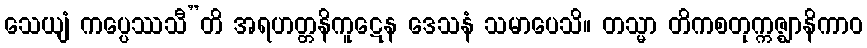
သေယျံ ကပ္ပေဿသီ”တိ အရဟတ္တနိကူဋေန ဒေသနံ သမာပေသိ။ တသ္မာ တိကစတုက္ကဇ္ဈာနိကာဝ